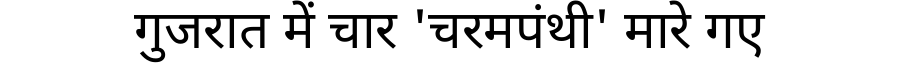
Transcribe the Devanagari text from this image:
गुजरात में चार 'चरमपंथी' मारे गए